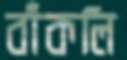
বাঁকলি